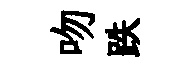
吻跌